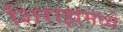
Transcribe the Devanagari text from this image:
शिराझमध्ये